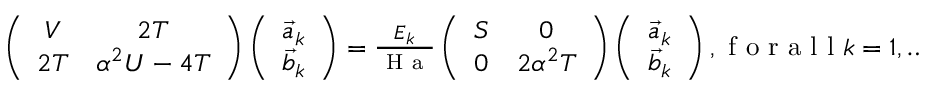
\begin{array} { r } { \left( \begin{array} { c c } { V } & { 2 T } \\ { 2 T } & { \alpha ^ { 2 } U - 4 T } \end{array} \right) \left( \begin{array} { c } { \vec { a } _ { k } } \\ { \vec { b } _ { k } } \end{array} \right) = \frac { E _ { k } } { \mathrm { ~ H ~ a ~ } } \left( \begin{array} { c c } { S } & { 0 } \\ { 0 } & { 2 \alpha ^ { 2 } T } \end{array} \right) \left( \begin{array} { c } { \vec { a } _ { k } } \\ { \vec { b } _ { k } } \end{array} \right) , \mathrm { ~ f ~ o ~ r ~ a ~ l ~ l ~ } k = 1 , \dots , M \, . } \end{array}